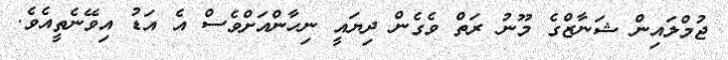
ޖުމްލައިން ޝަނާޒްގެ މޫނު ރަތް ވެގެން ދިޔައީ ނިހާންއަށްވެސް އެ އަޑު އިވޭނެތީއެވެ.